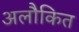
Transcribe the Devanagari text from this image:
अलौकित